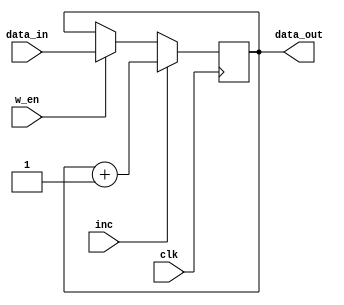
`timescale 1ns / 1ps
//////////////////////////////////////////////////////////////////////////////////
// Company: 
// Engineer: 
// 
// Design Name: 
// Module Name: Accumilator
// Project Name: 
// Target Devices: 
// Tool Versions: 
// Description: 
// 
// Dependencies: 
// 
// Revision:
// Revision 0.01 - File Created
// Additional Comments:
// 
//////////////////////////////////////////////////////////////////////////////////


module Accumilator(
    input clk,
    input [27:0] data_in,
    output reg [27:0] data_out,
    input inc,
    input w_en
    );
    
    //events done at pose edge 
    always @(posedge clk)
    begin
        if (inc==1)
            data_out<= data_out+1;
        else if (w_en==1)
            data_out<= data_in;

    end
endmodule